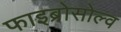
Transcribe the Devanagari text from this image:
फाइब्रोसोल्व